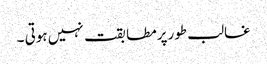
غالب طورپرمطابقت نہیں ہوتی ۔